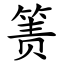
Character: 箦